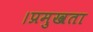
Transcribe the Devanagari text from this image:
।प्रमुखता